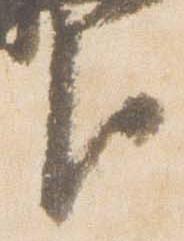
臣